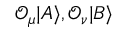
\mathcal { O } _ { \mu } | A \rangle , \mathcal { O } _ { \nu } | B \rangle